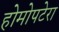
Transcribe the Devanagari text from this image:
होमोपटेरा